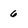
Character: 6